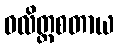
ဝလိတ္တစတာယ